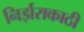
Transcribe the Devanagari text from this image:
निर्झराकाठी